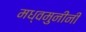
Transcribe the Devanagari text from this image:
मध्वमुनींनी